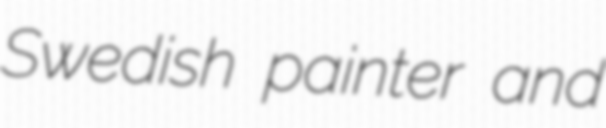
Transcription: Swedish painter and